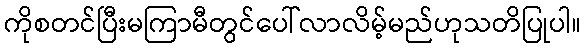
ကိုစတင်ပြီးမကြာမီတွင်ပေါ်လာလိမ့်မည်ဟုသတိပြုပါ။